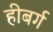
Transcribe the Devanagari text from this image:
हीबर्ग